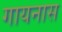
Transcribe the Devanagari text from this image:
गायनास